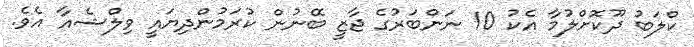
ކްލަބު ދޫކޮށްލުމާ އެކު 10 ނަންބަރުގެ ޖާޒީ ބޭނުން ކުރަމުންދިޔައީ ވިލްޝެއާ އެވެ.